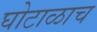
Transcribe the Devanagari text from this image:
घोटाळाच